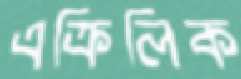
এক্রিলিক